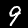
Digit: 9